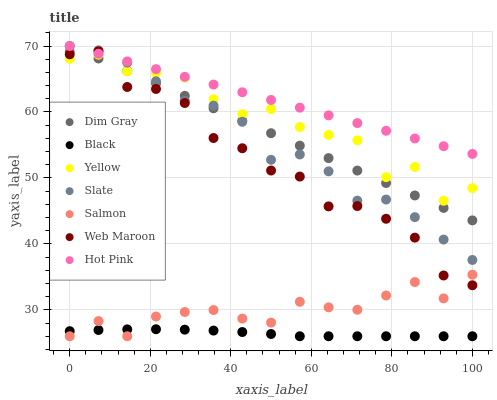
| xaxis_label | Dim Gray | Black | Yellow | Slate | Salmon | Web Maroon | Hot Pink |
 | --- | --- | --- | --- | --- | --- | --- | --- |
 | 0 | 70 | 26.8 | 68.1 | 69.1 | 26 | 68.7 | 70 |
 | 7.14 | 68.1 | 26.9 | 68.7 | 69.3 | 28.3 | 69.2 | 68.8 |
 | 14.3 | 66.2 | 27 | 66.2 | 67.5 | 26 | 63.8 | 67.7 |
 | 21.4 | 64.3 | 27.1 | 65.9 | 64.7 | 29 | 63.5 | 66.5 |
 | 28.6 | 62.4 | 27 | 65.2 | 61.7 | 29.7 | 61.4 | 65.3 |
 | 35.7 | 60.6 | 26.9 | 61.9 | 61 | 30 | 56.1 | 64.2 |
 | 42.9 | 58.7 | 26.6 | 59.7 | 58.5 | 28.7 | 54.5 | 63 |
 | 50 | 56.8 | 26.3 | 60.5 | 52.7 | 28.1 | 51.1 | 61.8 |
 | 57.1 | 54.9 | 26 | 57.7 | 53.6 | 31.2 | 50.2 | 60.7 |
 | 64.3 | 53 | 26 | 56.5 | 51 | 30.4 | 45.7 | 59.5 |
 | 71.4 | 51.1 | 26 | 55.7 | 46.6 | 30 | 45.7 | 58.3 |
 | 78.6 | 49.2 | 26 | 50.1 | 46.7 | 32.2 | 43.8 | 57.1 |
 | 85.7 | 47.3 | 26 | 51.7 | 44.1 | 34.2 | 40.9 | 56 |
 | 92.9 | 45.5 | 26 | 46.5 | 40.7 | 31.7 | 35.2 | 54.8 |
 | 100 | 43.6 | 26 | 48.5 | 37.6 | 35.3 | 33.7 | 53.6 |